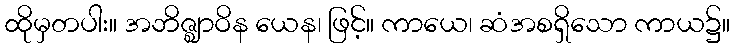
ထိုမှတပါး။ အဘိဇ္ဈာဝိန ယေန၊ ဖြင့်။ ကာယေ၊ ဆံအစရှိသော ကာယ၌။